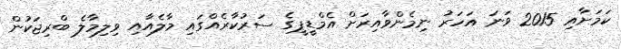
ކަމަށާއި 2015 ވަނަ އަހަރު ނިމެންވާއިރަށް އެމްޑީޕީގެ ސަރުކާރެއްގައި މާލެއާއި ވިލިމާލެ ބްރިޖަކުން